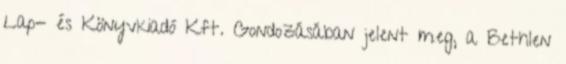
Lap- és Könyvkiadó Kft. Gondozásában jelent meg, a Bethlen